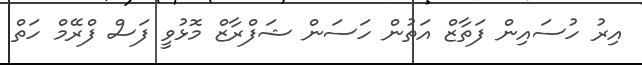
އިރު ހުސައިން ފަތާޒް އަތުން ހަސަން ޝަފްރާޒް މޮޅުވީ ފަސް ފްރޭމް ހަތް